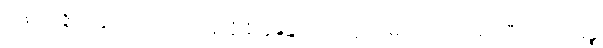
အနိဿဇ္ဇိတတ္တာ ဝိသယဒဿနတ္ထံ နိက္ကဍ္ဎန္တိယာ အာဠိယံ မဟာဝါလိကရာသီတိ အဋ္ဌာနဉ္စ